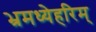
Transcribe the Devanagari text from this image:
भ्रमध्येहरिम्